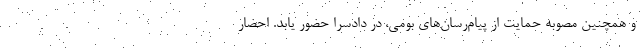
و همچنین مصوبه حمایت از پیام‌رسان‌های بومی، در دادسرا حضور یابد. احضار